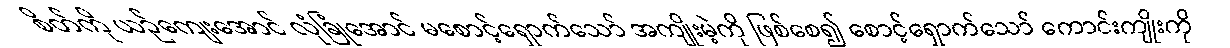
စိတ်ကို ယဉ်ကျေးအောင် လုံခြုံအောင် မစောင့်ရှောက်သော် အကျိုးမဲ့ကို ဖြစ်စေ၍ စောင့်ရှောက်သော် ကောင်းကျိုးကို